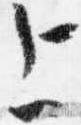
上